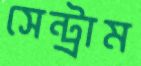
সেন্ট্রাম